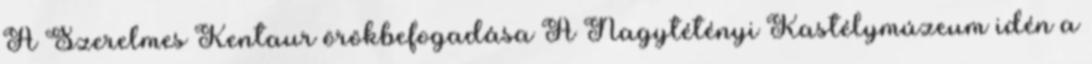
A Szerelmes Kentaur örökbefogadása A Nagytétényi Kastélymúzeum idén a